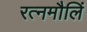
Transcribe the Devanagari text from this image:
रत्नमौलिं